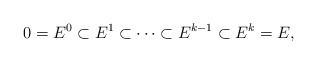
\begin{align*}0 = E^0 \subset E^1 \subset \cdots \subset E^{k-1} \subset E^{k} = E,\end{align*}